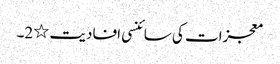
معجزات کی سائنسی افادیت ٭2۔